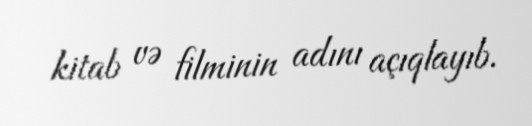
kitab və filminin adını açıqlayıb.